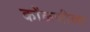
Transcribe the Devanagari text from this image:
कोंकणीच्या